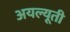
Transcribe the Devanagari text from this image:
अयल्यूती